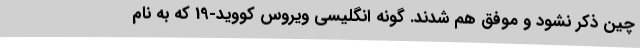
چین ذکر نشود و موفق هم شدند. گونه انگلیسی ویروس کووید-19 که به نام